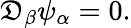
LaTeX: \mathfrak{D}_{\beta}\psi_{\alpha}=0.